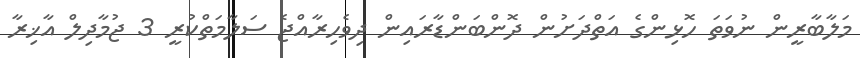
މަލާބާރީން ނުވަތަ ހޮޅިންގެ އަތްދަށުން ދޮންބަންޑާރައިން ދިވެހިރާއްޖެ ސަލާމަތްކުރީ 3 ޖުމާދިލް އާޚިރާ